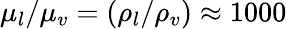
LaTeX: {\mu_{l}}/{\mu_{v}}=({\rho_{l}}/{\rho_{v}})\approx 1000